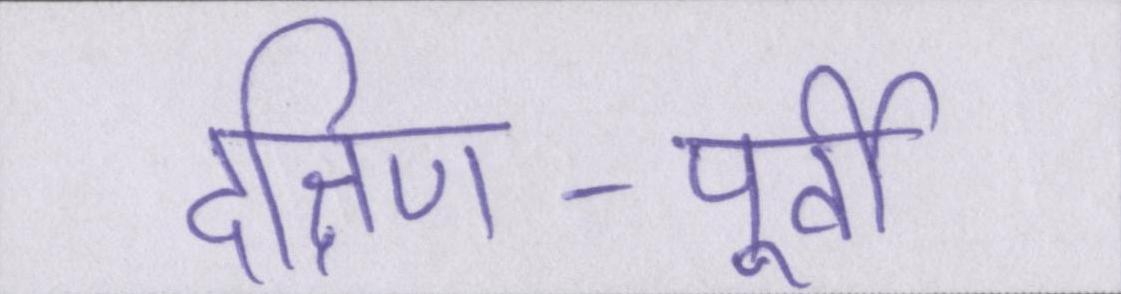
दक्षिण-पूर्वी